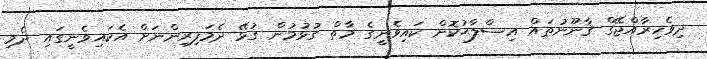
ދިވެހިރާއްޖޭގް ޤާނޫނުތައް އިސްލާޙުކޮށް ކައިވެނީގެ މާތް ގުޅުމުން ގުޅޭ ދެމަފިރިންނަށް އެކައިވެނީގައި ދެމި